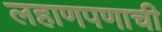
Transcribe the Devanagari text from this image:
लहाणपणाची